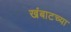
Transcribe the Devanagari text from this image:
खंबाटच्या